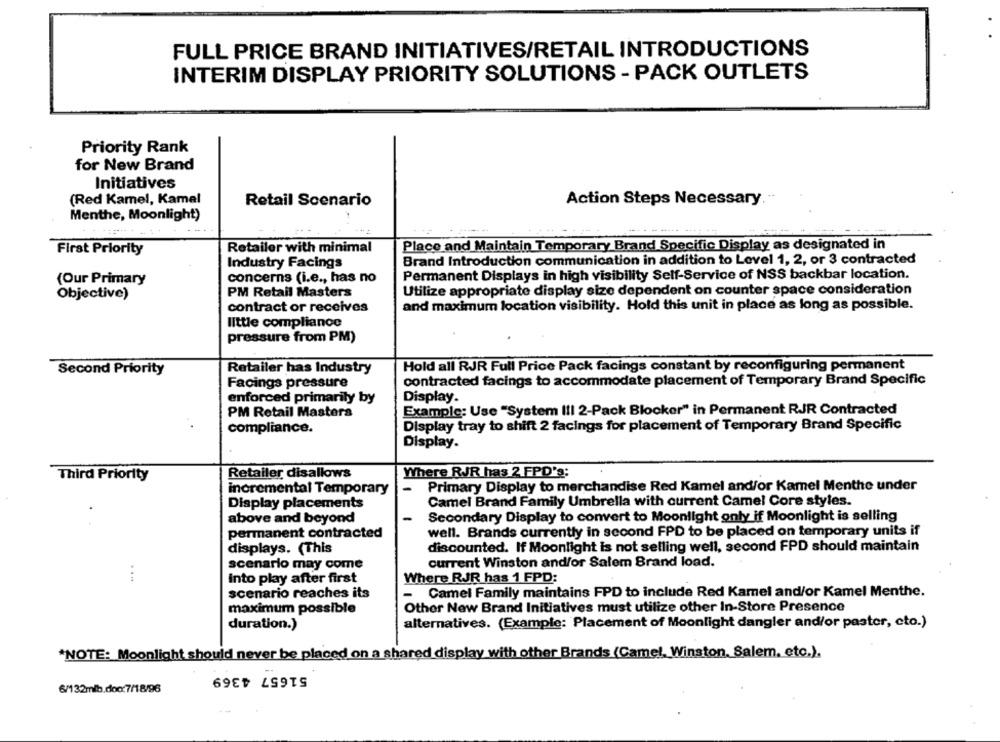
FULL PRICE BRAND INITIATIVES/RETAIL INTRODUCTIONS
INTERIM DISPLAY PRIORITY SOLUTIONS - PACK OUTLETS
Priority Rank
for New Brand
Initiatives
(Red Kamel, Kamal
Action Steps Necessary.
Retail Scenario
Menthe, Moonlight)
First Priority
Retailer with minimal
Place and Maintain Temporary Brand Specific Display as designated in
Industry Facings
Brand Introduction communication in addition to Level 1, 2, or 3 contracted
(Our Primary
concerns (i.e ., has no
Permanent Displays in high visibility Self-Service of NSS backbar location.
Objective)
PM Retail Masters
Utilize appropriate display size dependent on counter space consideration
contract or receives
and maximum location visibility. Hold this unit in place as long as possible.
little compliance
pressure from PM)
Second Priority
Retailer has Industry
Hold all RJR Full Price Pack facings constant by reconfiguring permanent
Facings pressure
contracted facings to accommodate placement of Temporary Brand Specific
enforced primarily by
Display.
PM Retail Mastera
Example: Use "System III 2-Pack Blocker" in Permanent RJR Contracted
compliance.
Display tray to shift 2 facings for placement of Temporary Brand Specific
Display.
Retailer disallows
Where RJR has 2 FPD's:
Third Priority
incremental Temporary
Primary Display to merchandise Red Kamel and/or Kamel Menthe under
Display placements
Camel Brand Family Umbrella with current Camel Core styles.
above and beyond
Secondary Display to convert to Moonlight only if Moonlight is selling
permanent contracted
well. Brands currently in second FPD to be placed on temporary units if
displays. (This
discounted. If Moonlight is not selling well, second FPD should maintain
scenario may come
current Winston and/or Salem Brand load.
Into play after first
Where RJR has 1 FPD:
scenario reaches its
- Camel Family maintains FPD to include Red Kamel and/or Kamel Menthe.
maximum possible
Other New Brand Initiatives must utilize other In-Store Presence
alternatives. (Example: Placement of Moonlight dangler and/or paster, cto.)
duration.)
*NOTE: Moonlight should never be placed on a shared display with other Brands (Came !, Winston, Salem, etc.).
51657 4369
6/132mlb.doc:7/18/96